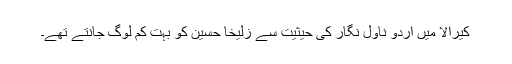
کیرالا میں اُردو ناول نگار کی حیثیت سے زُلیخا حُسین کو بہت کم لوگ جانتے تھے۔